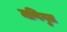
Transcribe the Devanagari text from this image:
मणिगुल